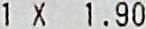
1 X 1.90